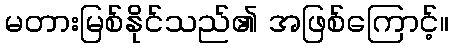
မတားမြစ်နိုင်သည်၏ အဖြစ်ကြောင့်။